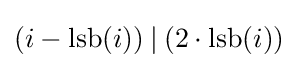
(i-\operatorname {lsb} (i))\mathbin {|} (2\cdot \operatorname {lsb} (i))